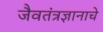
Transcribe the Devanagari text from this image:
जैवतंत्रज्ञानाचे